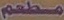
مطعم